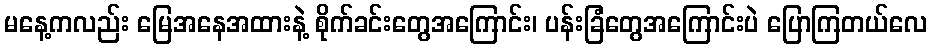
မနေ့ကလည်း မြေအနေအထားနဲ့ စိုက်ခင်းတွေအကြောင်း၊ ပန်းခြံတွေအကြောင်းပဲ ပြောကြတယ်လေ